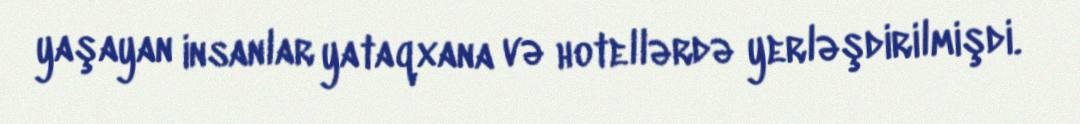
yaşayan insanlar yataqxana və hotellərdə yerləşdirilmişdi.